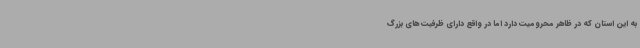
به این استان که در ظاهر محرومیت دارد اما در واقع دارای ظرفیت های بزرگ